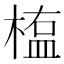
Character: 𣖻